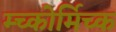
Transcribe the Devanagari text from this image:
म्च्कोर्मिच्क